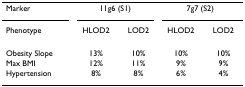
<table><thead><tr><td><b>Marker</b></td><td colspan="2"><b>11g6 (S1)</b></td><td colspan="2"><b>7g7 (S2)</b></td></tr><tr><td><b>Phenotype</b></td><td><b>HLOD2</b></td><td><b>LOD2</b></td><td><b>HLOD2</b></td><td><b>LOD2</b></td></tr></thead><tbody><tr><td>Obesity Slope</td><td>13%</td><td>10%</td><td>10%</td><td>10%</td></tr><tr><td>Max BMI</td><td>12%</td><td>11%</td><td>9%</td><td>9%</td></tr><tr><td>Hypertension</td><td>8%</td><td>8%</td><td>6%</td><td>4%</td></tr></tbody></table>